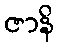
ဇာနိ